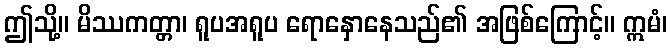
ဤသို့။ မိဿကတ္တာ၊ ရူပအရူပ ရောနှောနေသည်၏ အဖြစ်ကြောင့်။ ဣမံ၊